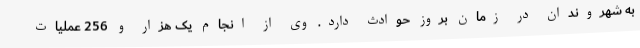
به شهروندان در زمان بروز حوادث دارد. وی از انجام یک هزار و 256 عملیات